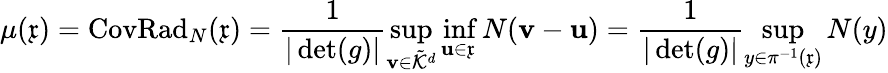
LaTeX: \mu(\mathfrak{x})=\operatorname{CovRad}_{N}(\mathfrak{x})=\frac{1}{\vert\operatorname*{det}(g)\vert}\operatorname*{sup}_{\mathbf{v}\in\tilde{\mathcal{K}}^{d}}\operatorname*{inf}_{\mathbf{u}\in\mathfrak{x}}N(\mathbf{v}-\mathbf{u})=\frac{1}{\vert\operatorname*{det}(g)\vert}\operatorname*{sup}_{y\in\pi^{-1}(\mathfrak{x})}N(y)